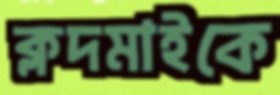
ক্লদমাইকে